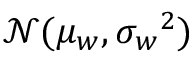
\mathcal { N } ( \mu _ { w } , { \sigma _ { w } } ^ { 2 } )